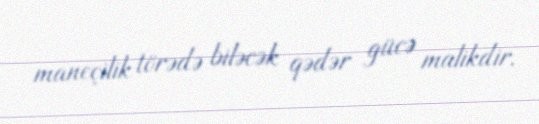
maneçilik törədə biləcək qədər gücə malikdir.